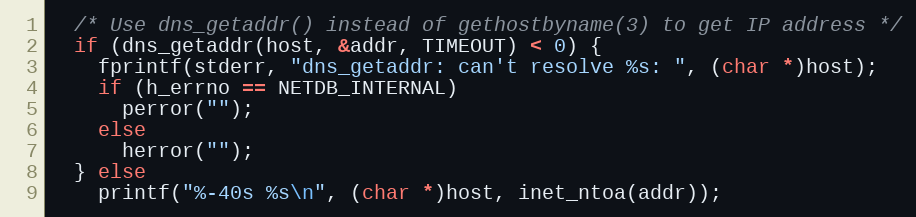
Language: C
  /* Use dns_getaddr() instead of gethostbyname(3) to get IP address */
  if (dns_getaddr(host, &addr, TIMEOUT) < 0) {
    fprintf(stderr, "dns_getaddr: can't resolve %s: ", (char *)host);
    if (h_errno == NETDB_INTERNAL)
      perror("");
    else
      herror("");
  } else
    printf("%-40s %s\n", (char *)host, inet_ntoa(addr));